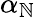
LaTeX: \alpha_{\mathbb{N}}